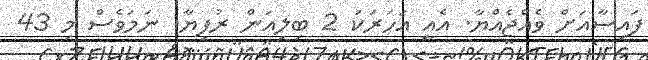
ފައިސާއަށް ވެއްޖެއްޔާ. އެއީ އަހަރަކު 2 ބިލިއަން ރުފިޔާ. ނަމަވެސް މި 43